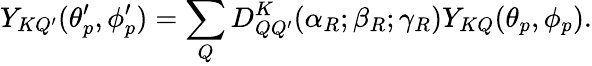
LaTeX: Y_{KQ^{\prime}}(\theta_{p}^{\prime},\phi_{p}^{\prime})=\sum_{Q}D_{QQ^{\prime}}^{K}(\alpha_{R};\beta_{R};\gamma_{R})Y_{KQ}(\theta_{p},\phi_{p}).